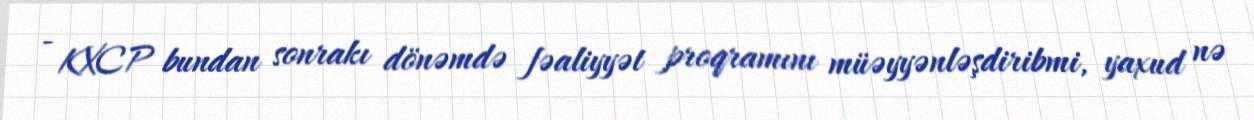
- KXCP bundan sonrakı dönəmdə fəaliyyət proqramını müəyyənləşdiribmi, yaxud nə